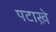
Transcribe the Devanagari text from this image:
पटाख़े